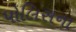
પોલિસના